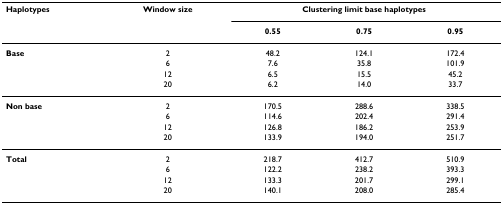
<table><thead><tr><td><b>Haplotypes</b></td><td><b>Window size</b></td><td colspan="3"><b>Clustering limit base haplotypes</b></td></tr><tr><td></td><td></td><td><b>0.55</b></td><td><b>0.75</b></td><td><b>0.95</b></td></tr></thead><tbody><tr><td><b>Base</b></td><td>2</td><td>48.2</td><td>124.1</td><td>172.4</td></tr><tr><td></td><td>6</td><td>7.6</td><td>35.8</td><td>101.9</td></tr><tr><td></td><td>12</td><td>6.5</td><td>15.5</td><td>45.2</td></tr><tr><td></td><td>20</td><td>6.2</td><td>14.0</td><td>33.7</td></tr><tr><td><b>Non base</b></td><td>2</td><td>170.5</td><td>288.6</td><td>338.5</td></tr><tr><td></td><td>6</td><td>114.6</td><td>202.4</td><td>291.4</td></tr><tr><td></td><td>12</td><td>126.8</td><td>186.2</td><td>253.9</td></tr><tr><td></td><td>20</td><td>133.9</td><td>194.0</td><td>251.7</td></tr><tr><td><b>Total</b></td><td>2</td><td>218.7</td><td>412.7</td><td>510.9</td></tr><tr><td></td><td>6</td><td>122.2</td><td>238.2</td><td>393.3</td></tr><tr><td></td><td>12</td><td>133.3</td><td>201.7</td><td>299.1</td></tr><tr><td></td><td>20</td><td>140.1</td><td>208.0</td><td>285.4</td></tr></tbody></table>